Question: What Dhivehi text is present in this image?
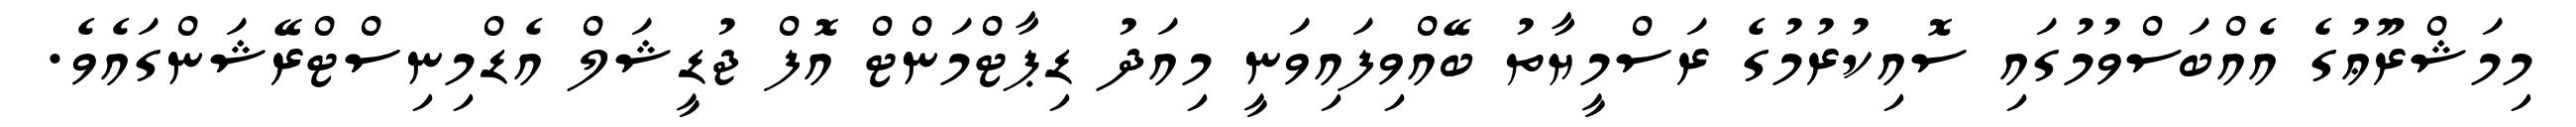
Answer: މިމަޝްރޫޢުގެ އެއްބަސްވުމުގައި ސޮއިކުރުމުގެ ރަސްމީޔާތު ބޭއްވިފައިވަނީ މިއަދު ޑިޕާޓްމަންޓް އޮފް ޖުޑީޝަލް އެޑްމިނިސްޓްރޭޝަންގައެވެ.